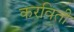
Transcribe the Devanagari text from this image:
करविती